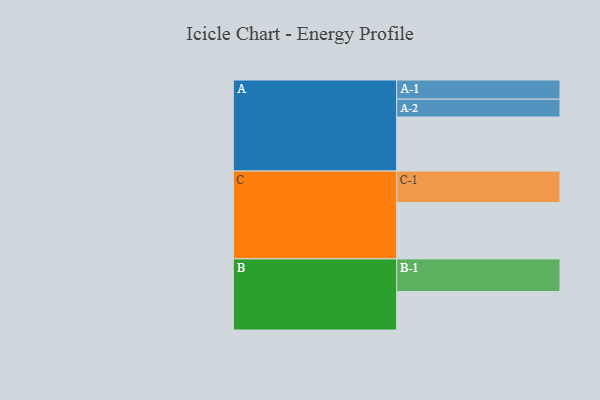
{"axis": {"x": "Segment", "y": "Value"}, "legend": ["", "A", "B", "C"], "data": [{"x": "A", "y": 471, "type": ""}, {"x": "B", "y": 335, "type": ""}, {"x": "C", "y": 491, "type": ""}, {"x": "A-1", "y": 167, "type": "A"}, {"x": "A-2", "y": 156, "type": "A"}, {"x": "B-1", "y": 285, "type": "B"}, {"x": "C-1", "y": 275, "type": "C"}]}